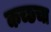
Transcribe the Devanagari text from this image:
कच्छचा